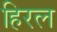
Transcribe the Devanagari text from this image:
हिरल